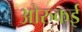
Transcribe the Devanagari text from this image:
ओरुकई